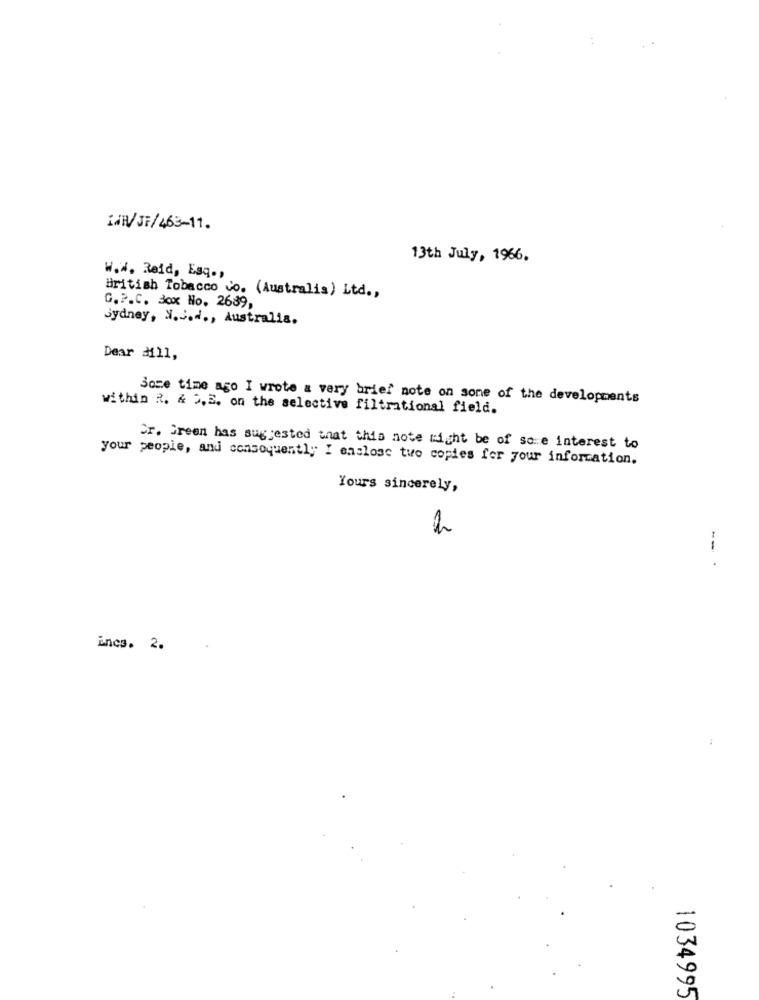
MRV/JF/463-11.
13th July, 1966.
W.W. Reid, Esq .,
British Tobacco co. (Australia) Ltd .,
G.P.C. Box No. 2689,
Sydney, N.J ..., Australia.
Dear Hill,
Some time ago I wrote a very brief note on sone of the developments
within R. & 2,E. on the selective filtrational field.
Cr. Green has suggested that this note might be of some interest to
your people, and consequently I enclose two copies for your information.
Yours sincerely,
-- .
incs. 2.
1034995